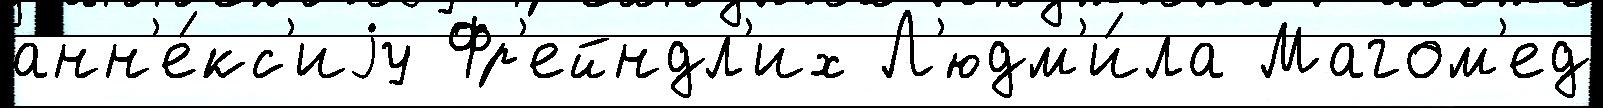
анн'е́кс'иjу Фр'ейндл'их Л'юдм'и́ла Магом'ед